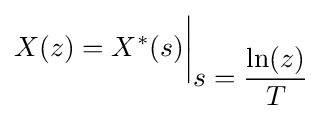
{\bigg .}X(z)=X^{*}(s){\bigg |}_{\displaystyle s={\frac {\ln(z)}{T}}}